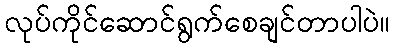
လုပ်ကိုင်ဆောင်ရွက်စေချင်တာပါပဲ။